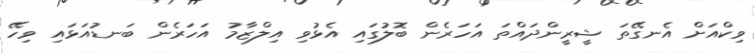
ވިކްއަށް އެނގޭތަ ޝީރީންދައްތަ އަހަރެން ބޮލުގައި އެޅުވި އިލްޒާމު އަހަރެން ބަނޑުއަޅައި ވިހޭ